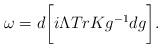
LaTeX: \begin{align*}{\omega}=d\bigg[i{\Lambda}TrKg^{-1}dg\bigg].\end{align*}